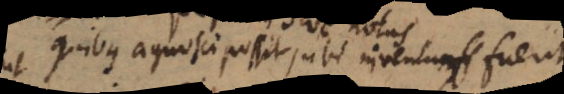
quibus agnosci possit, ubi inventum fuerit